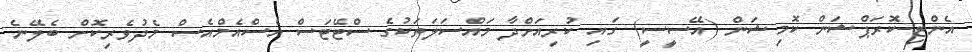
އެންޓި-ކޮރަޕްޝަން ކޮމިޝަން (އޭސީސީ) ގައި ކުރިއަށްދާ މައްސަލަތަކުގެ ސްޓޭޓަސް އެސްއެމްއެސް މެދުވެރިކޮށް ބެލޭނެ